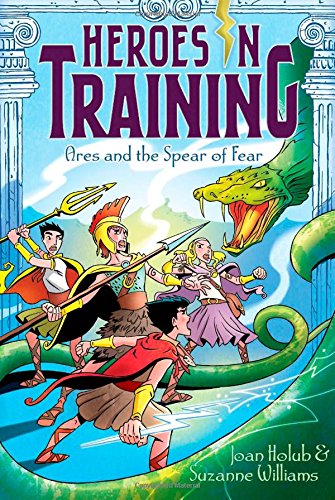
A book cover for Ares and the Spear of Fear (Heroes in Training); Joan Holub; Children's Books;